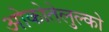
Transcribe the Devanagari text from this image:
ओकोतेलुल्को